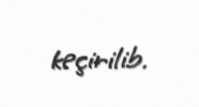
keçirilib.